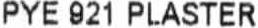
PYE 921 PLASTER